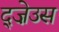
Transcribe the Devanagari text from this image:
द्ज़ेउस